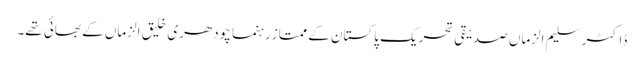
ڈاکٹر سلیم الزماں صدیقی تحریک پاکستان کے ممتاز رہنما چودھری خلیق الزماں کے بھائی تھے۔